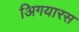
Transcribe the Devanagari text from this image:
अिगयारस